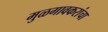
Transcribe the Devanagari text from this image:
मुळगावकरांचा